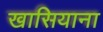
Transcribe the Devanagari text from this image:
खासियाना